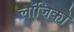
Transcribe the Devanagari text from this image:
लॉजिको